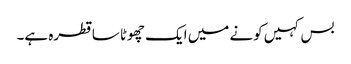
بس کہیں کونے میں ایک چھوٹا سا قطرہ ہے۔